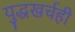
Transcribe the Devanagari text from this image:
युद्धखर्चही